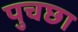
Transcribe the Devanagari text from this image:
पुचछा